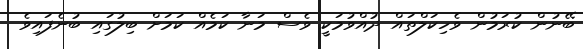
ބޭނުން ކުރަމުން ވެހިކަލްތައް ދުއްވުމަކީ ވެސް މަނާ ކަމެއް ކަމަށް ބިލުގައި ބުނެފައިވެ